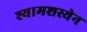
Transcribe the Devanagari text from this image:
श्यामशस्येन